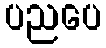
ပညပေ